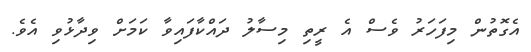
އެގޮތުން މިފަހަރު ވެސް އެ ރީތި މިސާލު ދައްކާފައިވާ ކަމަށް ވިދާޅުވި އެވެ.